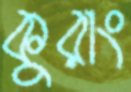
কুরাং